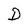
Character: D